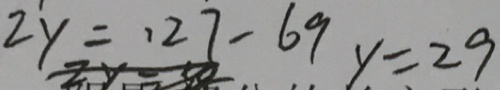
2 y = 1 2 7 - 6 9 y = 2 9